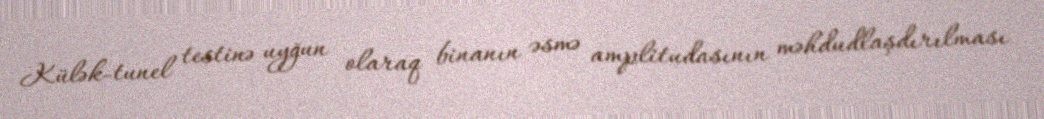
Külək-tunel testinə uyğun olaraq binanın əsmə amplitudasının məhdudlaşdırılması